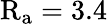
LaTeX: \mathrm{R_{a}}=3.4